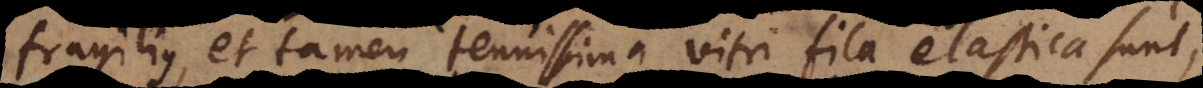
fragilius, et tamen tenuissima vitri fila elastica sunt,